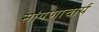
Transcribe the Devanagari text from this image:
सांयणाचार्य